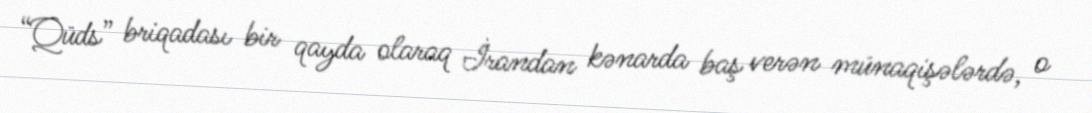
“Qüds” briqadası bir qayda olaraq İrandan kənarda baş verən münaqişələrdə, o